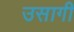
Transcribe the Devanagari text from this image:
उसागी